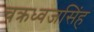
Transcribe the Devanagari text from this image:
चक्रध्वजसिंह